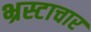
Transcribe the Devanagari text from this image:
भ्रस्टाचार